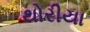
થોરીયા